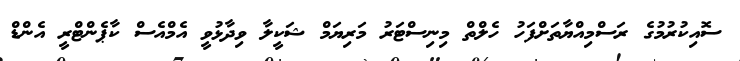
ސޮއިކުރުމުގެ ރަސްމިއްޔާތަށްފަހު ހެލްތް މިނިސްޓަރު މަރިޔަމް ޝަކީލާ ވިދާޅުވީ އެމްއެސް ކާޕެންޓްރީ އެންޑް